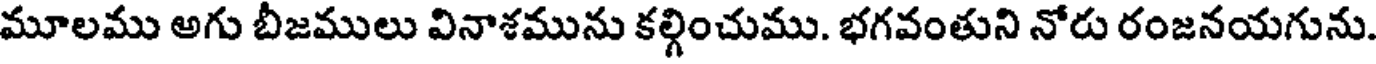
మూలము అగు బీజములు వినాశమును కల్గించుము. భగవంతుని నోరు రంజనయగును.